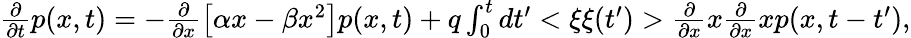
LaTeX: \begin{array}{r}{\frac{\partial}{\partial t}p(x,t)=-\frac{\partial}{\partial x}\left[\alpha x-\beta x^{2}\right]p(x,t)+q\int_{0}^{t}dt^{\prime}<\xi\xi(t^{\prime})>\frac{\partial}{\partial x}x\frac{\partial}{\partial x}xp(x,t-t^{\prime}),}\end{array}